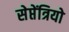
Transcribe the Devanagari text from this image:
सेप्तेंत्रियो